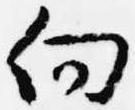
向